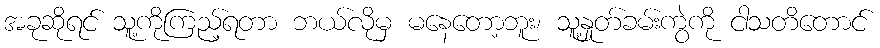
အခုဆိုရင် သူ့ကိုကြည့်ရတာ ဘယ်လိုမှ မနေတော့ဘူး၊ သူ့နှုတ်ခမ်းကွဲကို ငါသတိတောင်